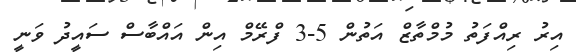
އިރު ރިއްފަތު މުމްތާޒް އަތުން 5-3 ފްރޭމް އިން އައްބާސް ސައީދު ވަނީ